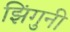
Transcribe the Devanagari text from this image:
झिंगुनी